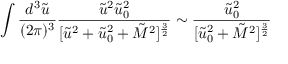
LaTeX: \int \frac { d ^ { 3 } \tilde { u } } { ( 2 \pi ) ^ { 3 } } \frac { \tilde { u } ^ { 2 } \tilde { u } _ { 0 } ^ { 2 } } { [ \tilde { u } ^ { 2 } + \tilde { u } _ { 0 } ^ { 2 } + \tilde { M } ^ { 2 } ] ^ { \frac { 3 } { 2 } } } \sim \frac { \tilde { u } _ { 0 } ^ { 2 } } { [ \tilde { u } _ { 0 } ^ { 2 } + \tilde { M } ^ { 2 } ] ^ { \frac { 3 } { 2 } } }